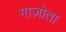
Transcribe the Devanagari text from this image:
गाज़ोता